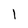
Character: 1